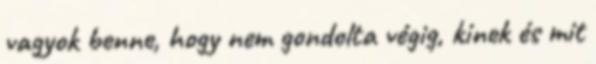
vagyok benne, hogy nem gondolta végig, kinek és mit